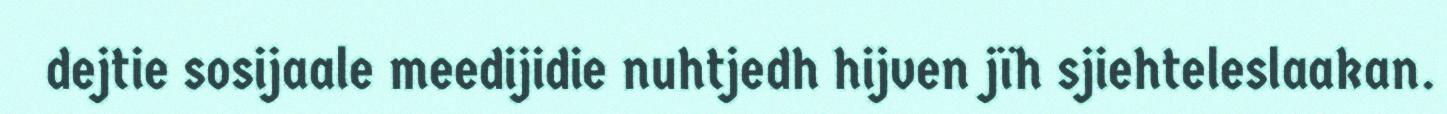
dejtie sosijaale meedijidie nuhtjedh hijven jïh sjiehteleslaakan.